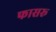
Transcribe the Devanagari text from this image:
फासरू